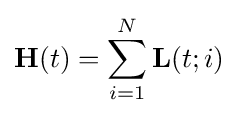
\mathbf {H} (t)=\sum _{i=1}^{N}\mathbf {L} (t;i)